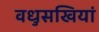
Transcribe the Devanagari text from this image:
वधुसखियां